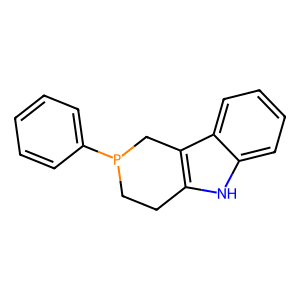
SMILES: c1ccc(P2CCc3[nH]c4ccccc4c3C2)cc1
Inhibits HIV replication: No